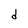
Character: d